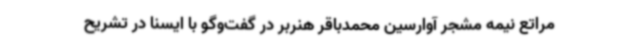
مراتع نیمه مشجر آوارسین محمدباقر هنربر در گفت‌وگو با ایسنا در تشریح